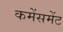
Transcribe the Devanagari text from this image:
कमेंसमेंट